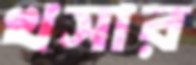
খসার